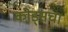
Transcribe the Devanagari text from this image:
कोड्सचा